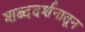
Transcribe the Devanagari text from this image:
शब्ददर्शनातून